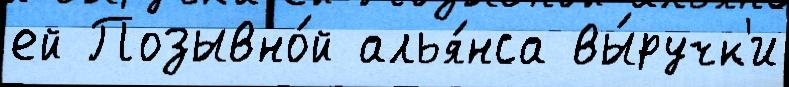
ей Позывно́й алья́нса вы́ручк'и